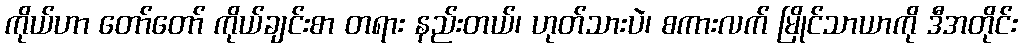
ကိုယ်ဟာ တော်တော် ကိုယ်ချင်းစာ တရား နည်းတယ်၊ ဟုတ်သားပဲ၊ စကားလက် မြိုင်သာယာကို ဒီအတိုင်း